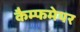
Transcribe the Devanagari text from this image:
कैम्फमेयर